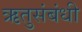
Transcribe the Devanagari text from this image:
ऋतुसंबंधी